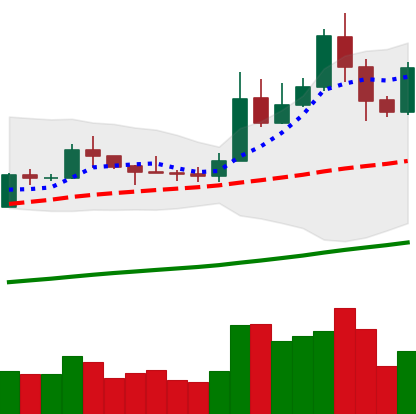
Ticker: LTC-USD
Chart end date: 2019-05-19
Forward return: 4.807%
Label: up_3_5